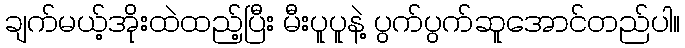
ချက်မယ့်အိုးထဲထည့်ပြီး မီးပူပူနဲ့ ပွက်ပွက်ဆူအောင်တည်ပါ။